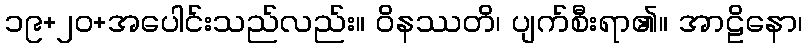
၁၉+၂၀+အပေါင်းသည်လည်း။ ဝိနဿတိ၊ ပျက်စီးရာ၏။ အာဠိနော၊